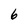
Character: 6